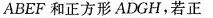
ABEF和正方形ADGH，若正